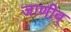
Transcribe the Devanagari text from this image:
जाणीव्